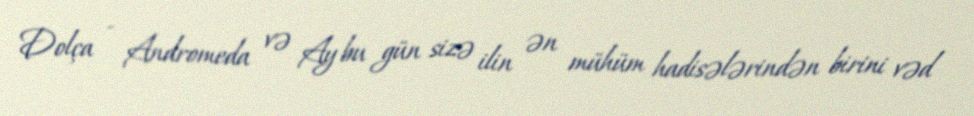
Dolça - Andromeda və Ay bu gün sizə ilin ən mühüm hadisələrindən birini vəd